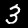
Label: 3